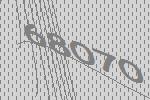
68070